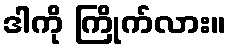
ဒါကို ကြိုက်လား။